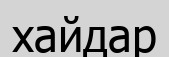
хайдар